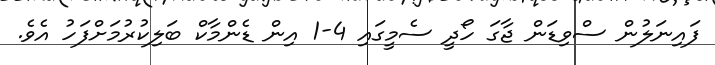
ފައިނަލުން ސްވިޑަން ޖާގަ ހޯދީ ސެމީގައި 4-1 އިން ޑެންމާކް ބަލިކުރުމަށްފަހު އެވެ.